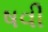
ષવી